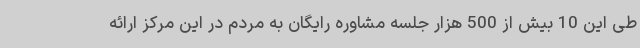
طی این 10 بیش از 500 هزار جلسه مشاوره رایگان به مردم در این مرکز ارائه